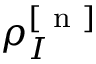
\rho _ { I } ^ { [ \mathrm { ~ n ~ } ] }